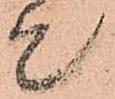
て